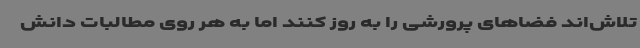
تلاش‌اند فضاهای پرورشی را به روز کنند اما به هر روی مطالبات دانش‌